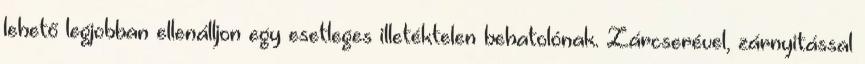
lehető legjobban ellenálljon egy esetleges illetéktelen behatolónak. Zárcserével, zárnyitással